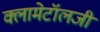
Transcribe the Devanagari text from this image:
क्लामेटॉलजी